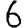
Digit: 6